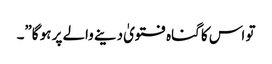
تو اس کا گناہ فتویٰ دینے والے پر ہو گا”۔